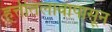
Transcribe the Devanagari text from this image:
हत्तीतलावापासून